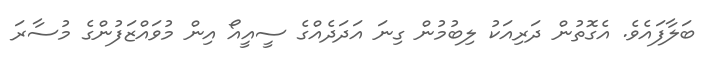
ބަލާފައެވެ. އެގޮތުން ދަރިއަކު ލިބުމުން ގިނަ އަދަދެއްގެ ސީއީއޯ އިން މުވައްޒަފުންގެ މުސާރަ